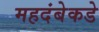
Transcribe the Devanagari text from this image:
महदंबेकडे